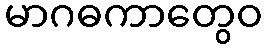
မာဂဓကာတွေဝ